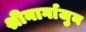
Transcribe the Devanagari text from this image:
श्रीनार्गाजुन